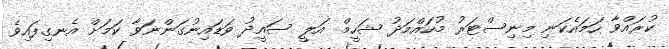
ކުރައްވާ ހަމައެކަނި މިނިސްޓަރު މުހައްމަދު ޝަހީމް އަލީ ސައީދު ވަޑައިނުގަންނަވާ ކަމަށް އެނގިފައިވެ